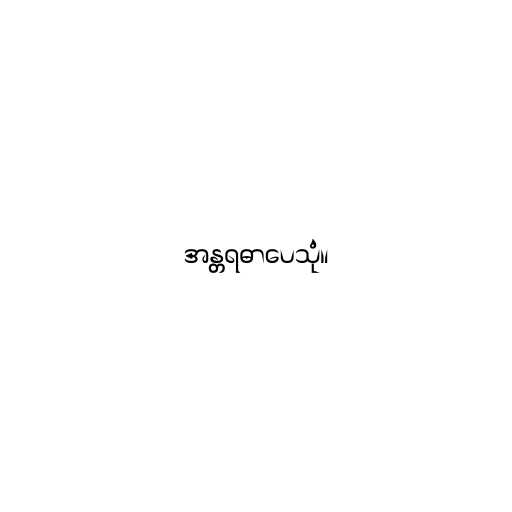
အန္တရဓာပေသုံ။